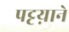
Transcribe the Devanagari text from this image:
पट्टय़ाने